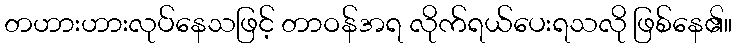
တဟားဟားလုပ်နေသဖြင့် တာဝန်အရ လိုက်ရယ်ပေးရသလို ဖြစ်နေ၏။